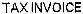
TAX INVOICE